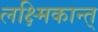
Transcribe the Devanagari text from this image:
लक्ष्मिकान्त्